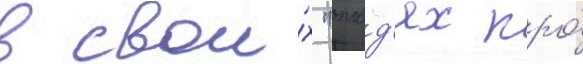
в свои́х "оповд'ях про́